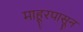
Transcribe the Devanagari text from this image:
माहूरपासून